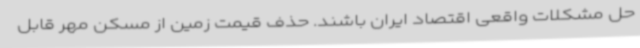
حل مشکلات واقعی اقتصاد ایران باشند. حذف قیمت زمین از مسکن مهر قابل